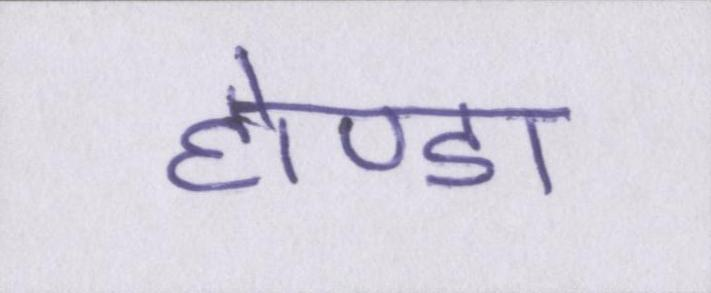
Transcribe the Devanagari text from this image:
होण्डा